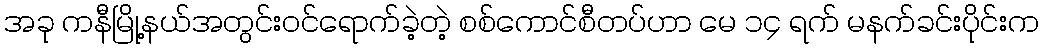
အခု ကနီမြို့နယ်အတွင်းဝင်ရောက်ခဲ့တဲ့ စစ်ကောင်စီတပ်ဟာ မေ ၁၄ ရက် မနက်ခင်းပိုင်းက